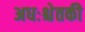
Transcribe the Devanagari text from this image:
अधःश्चेतकी